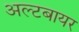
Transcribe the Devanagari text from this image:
अल्टबायर